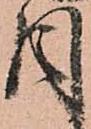
目